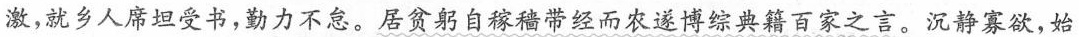
激，就乡人席坦受书，勤力不怠。居贫躬自稼穑带经而农遂博综典籍百家之言。沉静寡欲，始